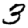
Digit: 3